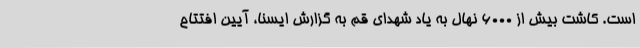
است. کاشت بیش از 6000 نهال به یاد شهدای قم به گزارش ایسنا، آیین افتتاح